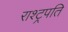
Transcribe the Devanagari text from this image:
राश्ट्रपति